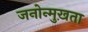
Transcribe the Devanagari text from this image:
जनोन्मुख़ता